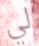
لي